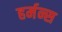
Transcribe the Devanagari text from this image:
हर्मन्स